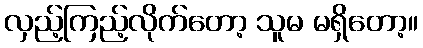
လှည့်ကြည့်လိုက်တော့ သူမ မရှိတော့။